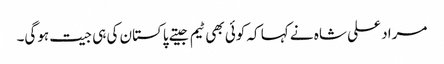
مراد علی شاہ نے کہا کہ کوئی بھی ٹیم جیتے پاکستان کی ہی جیت ہوگی۔